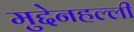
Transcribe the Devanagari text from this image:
मुद्देनहल्ली